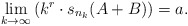
\begin{align*} \lim_{k \to \infty} \left( k^r \cdot s_{n_k}(A+B) \right) = a.\end{align*}